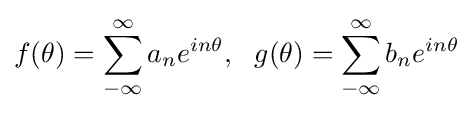
f(\theta )=\sum _{-\infty }^{\infty }a_{n}e^{in\theta },\,\,\,\,g(\theta )=\sum _{-\infty }^{\infty }b_{n}e^{in\theta }